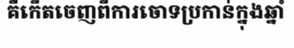
គឺកើតចេញពីការចោទប្រកាន់ក្នុងឆ្នាំ